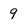
Character: 9